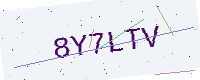
Text: 8Y7LTV